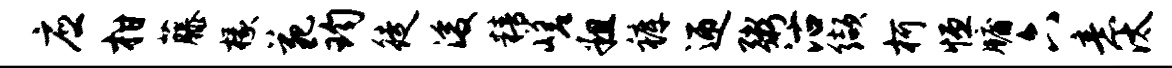
应柑藤椽苑钧徒浚精嵯粗裤迎粥沽缬柯恒牖六意汰